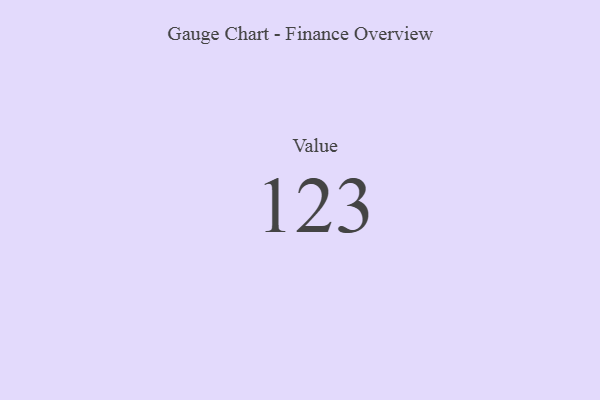
{"axis": {"x": "Metric", "y": "Value"}, "legend": [""], "data": [{"x": "Value", "y": 123, "type": ""}]}